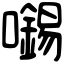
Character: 𡃶